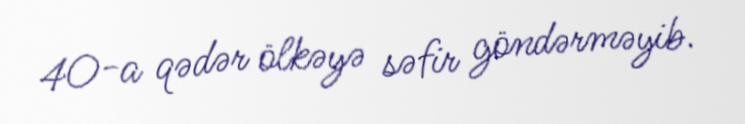
40-a qədər ölkəyə səfir göndərməyib.